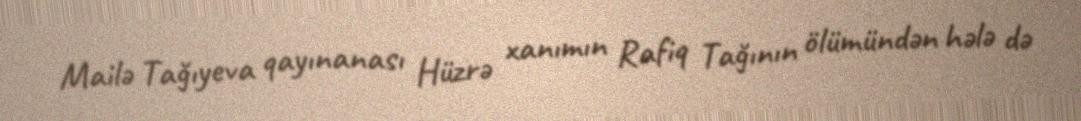
Mailə Tağıyeva qayınanası Hüzrə xanımın Rafiq Tağının ölümündən hələ də